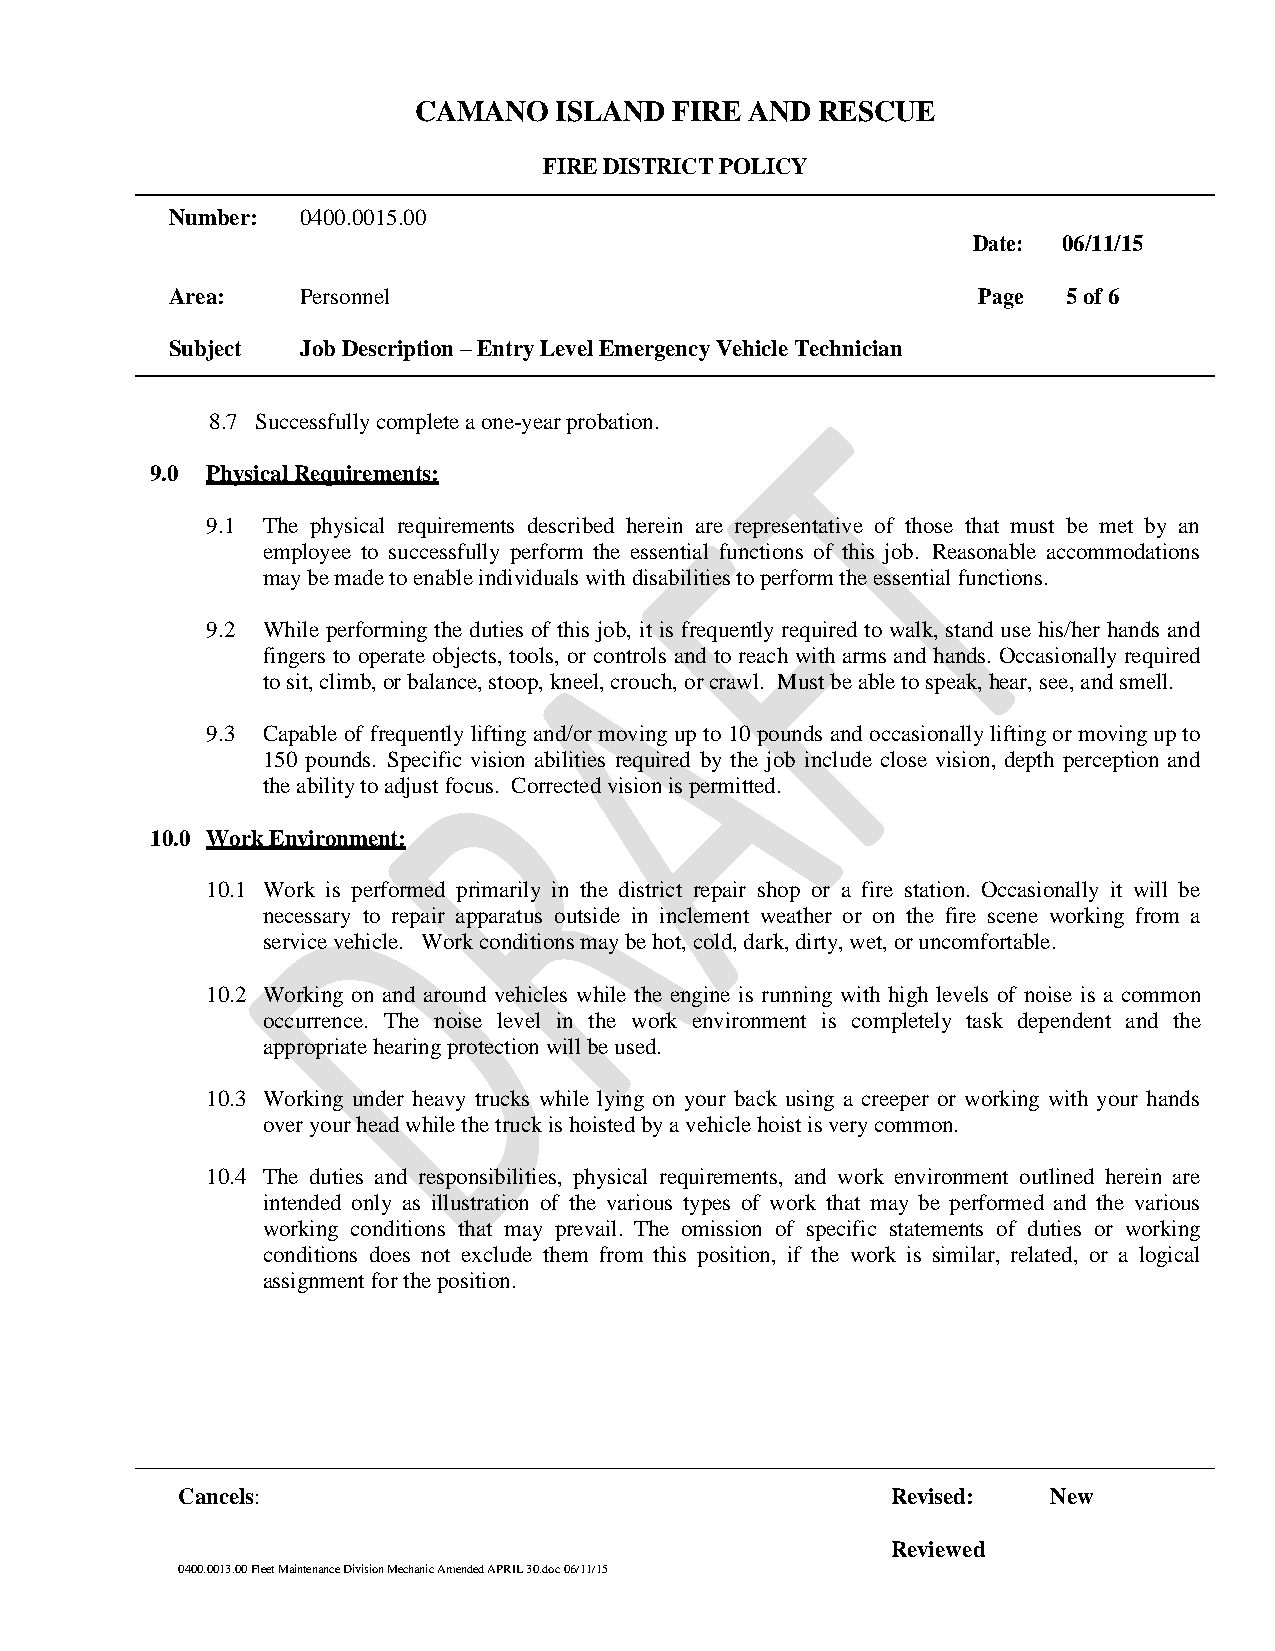
CAMANO    ISLAND FIRE  AND RESCUE
 FIRE DISTRICT POLICY
 Number:  0400.0015.00
 Date: 06/11/15
 Area:    Personnel                                    Page  5 of 6
 Subject  Job Description – Entry Level Emergency Vehicle Technician
 8.7 Successfully complete a one-year probation.
 9.0 Physical Requirements:
 9.1 The physical requirements described herein are representative of those that must be met by an
 employee to successfully perform the essential functions of this job. Reasonable accommodations
 may be made to enable individuals with disabilities to perform the essential functions.
 9.2 While performing the duties of this job, it is frequently required to walk, stand use his/her hands and
 fingers to operate objects, tools, or controls and to reach with arms and hands. Occasionally required
 to sit, climb, or balance, stoop, kneel, crouch, or crawl. Must be able to speak, hear, see, and smell.
 9.3 Capable of frequently lifting and/or moving up to 10 pounds and occasionally lifting or moving up to
 150 pounds. Specific vision abilities required by the job include close vision, depth perception and
 the ability to adjust focus. Corrected vision is permitted.
 10.0 Work Environment:
 10.1 Work is performed primarily in the district repair shop or a fire station. Occasionally it will be
 necessary to repair apparatus outside in inclement weather or on the fire scene working from a
 service vehicle. Work conditions may be hot, cold, dark, dirty, wet, or uncomfortable.
 10.2 Working on and around vehicles while the engine is running with high levels of noise is a common
 occurrence. The noise level in the work environment is completely task dependent and the
 appropriate hearing protection will be used.
 10.3 Working under heavy trucks while lying on your back using a creeper or working with your hands
 over your head while the truck is hoisted by a vehicle hoist is very common.
 10.4 The duties and responsibilities, physical requirements, and work environment outlined herein are
 intended only as illustration of the various types of work that may be performed and the various
 working conditions that may prevail. The omission of specific statements of duties or working
 conditions does not exclude them from this position, if the work is similar, related, or a logical
 assignment for the position.
 Cancels:                                       Revised:   New
 Reviewed
 0400.0013.00 Fleet Maintenance Division Mechanic Amended APRIL 30.doc 06/11/15